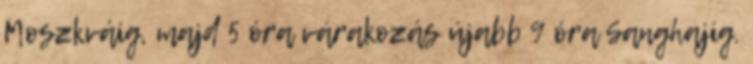
Moszkváig, majd 5 óra várakozás újabb 9 óra Sanghajig.